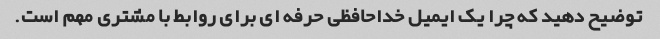
توضیح دهید که چرا یک ایمیل خداحافظی حرفه ای برای روابط با مشتری مهم است.